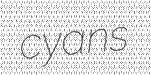
cyans